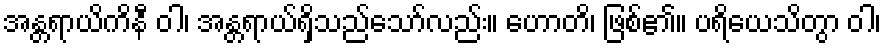
အန္တရာယိကိနီ ဝါ၊ အန္တရာယ်ရှိသည်သော်လည်း။ ဟောတိ၊ ဖြစ်၏။ ပရိယေသိတွာ ဝါ၊